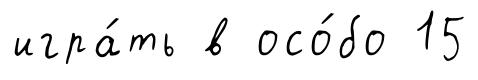
игра́ть в осо́бо 15